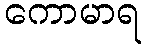
ကောမာရ